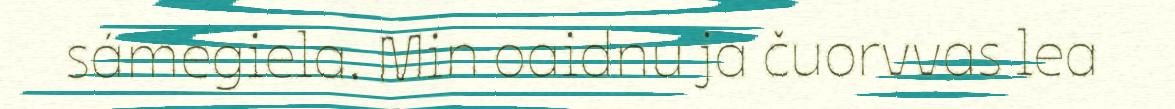
sámegiela. Min oaidnu ja čuorvvas lea